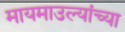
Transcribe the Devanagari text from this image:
मायमाउल्यांच्या